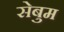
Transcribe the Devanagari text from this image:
सेबुम